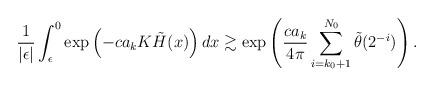
LaTeX: \begin{align*}\frac{1}{|\epsilon|} \int_{\epsilon}^0 \exp\left( - ca_k K\tilde{H}(x) \right) dx \gtrsim \exp \left( \frac{ca_k}{4\pi} \sum_{i=k_0+1}^{N_0} \tilde{\theta}(2^{-i}) \right).\end{align*}